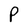
Character: P